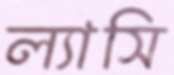
ল্যাসি